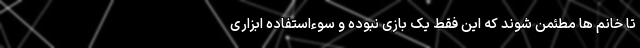
تا خانم ها مطئمن شوند که این فقط یک بازی نبوده و سوءاستفاده ابزاری